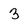
Character: 3